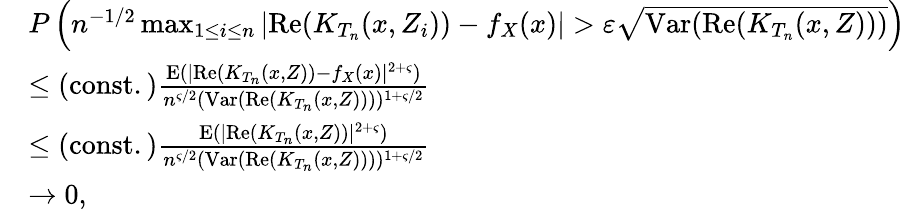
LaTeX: \begin{array}{rl}&{P\left(n^{-1/2}\operatorname*{max}_{1\leq i\leq n}|\mathrm{Re}(K_{T_{n}}(x,Z_{i}))-f_{X}(x)|>\varepsilon\sqrt{\mathrm{Var}(\mathrm{Re}(K_{T_{n}}(x,Z)))}\right)}\\ &{\leq\mathrm{(const.)}\frac{\mathrm{E}(|\mathrm{Re}(K_{T_{n}}(x,Z))-f_{X}(x)|^{2+\varsigma})}{n^{\varsigma/2}(\mathrm{Var}(\mathrm{Re}(K_{T_{n}}(x,Z))))^{1+\varsigma/2}}}\\ &{\leq\mathrm{(const.)}\frac{\mathrm{E}(|\mathrm{Re}(K_{T_{n}}(x,Z))|^{2+\varsigma})}{n^{\varsigma/2}(\mathrm{Var}(\mathrm{Re}(K_{T_{n}}(x,Z))))^{1+\varsigma/2}}}\\ &{\rightarrow 0,}\end{array}